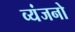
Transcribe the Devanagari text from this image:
व्‍यंजनो